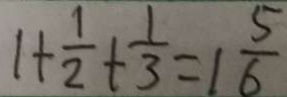
1 + \frac { 1 } { 2 } + \frac { 1 } { 3 } = 1 \frac { 5 } { 6 }